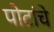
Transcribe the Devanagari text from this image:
पोटांचे